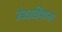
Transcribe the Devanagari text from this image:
रेबउडियाना